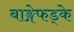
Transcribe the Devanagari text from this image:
बाङ्गेफड्के